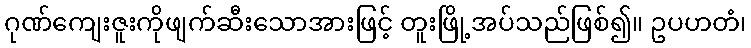
ဂုဏ်ကျေးဇူးကိုဖျက်ဆီးသောအားဖြင့် တူးဖြို့အပ်သည်ဖြစ်၍။ ဥပဟတံ၊